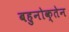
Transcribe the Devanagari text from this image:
बहुनोक्तेन